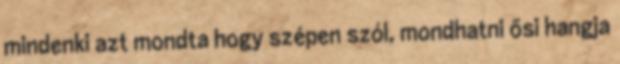
mindenki azt mondta hogy szépen szól, mondhatni ősi hangja